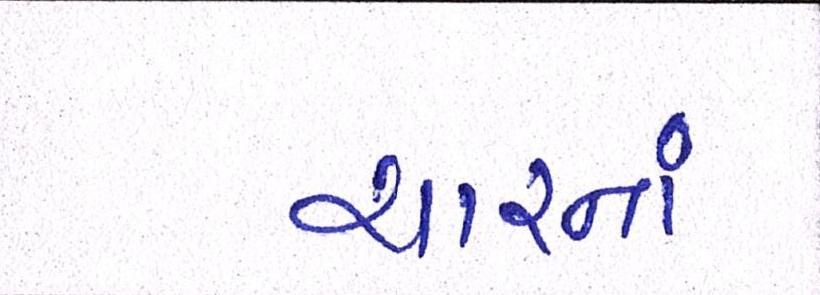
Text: ચારનાં